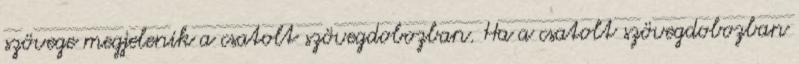
szövege megjelenik a csatolt szövegdobozban. Ha a csatolt szövegdobozban